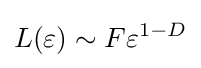
L(\varepsilon )\sim F\varepsilon ^{1-D}